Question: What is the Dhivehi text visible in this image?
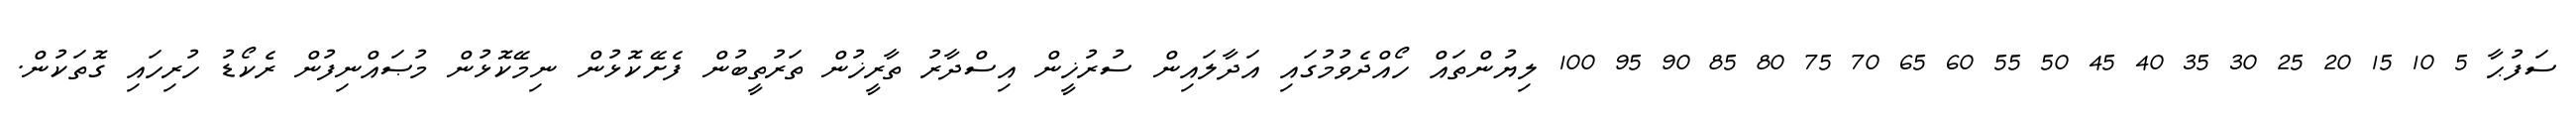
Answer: ސަފުޙާ 5 10 15 20 25 30 35 40 45 50 55 60 65 70 75 80 85 90 95 100 ލިޔުންތައް ހޯއްދެވުމުގައި އަދާލައިން ސުރުޚީން އިސްދާރު ތާރީޚުން ތަރުތީބުން ފެށޭކޮޅުން ނިމޭކޮޅުން މުޞައްނިފުން ރެކޯޑު ހުރިހައި ގޮތަކުން.